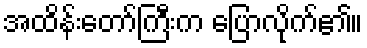
အထိန်းတော်ကြီးက ပြောလိုက်၏။